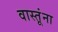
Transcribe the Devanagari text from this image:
वास्तूंना